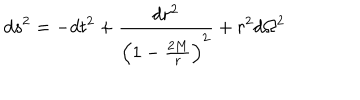
LaTeX: d s ^ { 2 } = - d t ^ { 2 } + \frac { d r ^ { 2 } } { \left( 1 - \frac { 2 M } { r } \right) ^ { 2 } } + r ^ { 2 } d \Omega ^ { 2 }